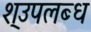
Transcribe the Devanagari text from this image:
श्उपलब्ध